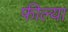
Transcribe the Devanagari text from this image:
फील्या